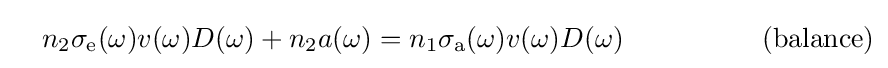
~~~n_{2}\sigma _{\rm {e}}(\omega )v(\omega )D(\omega )+n_{2}a(\omega )=n_{1}\sigma _{\rm {a}}(\omega )v(\omega )D(\omega )~~~~~~~~~~~~~~~{\rm {(balance)}}